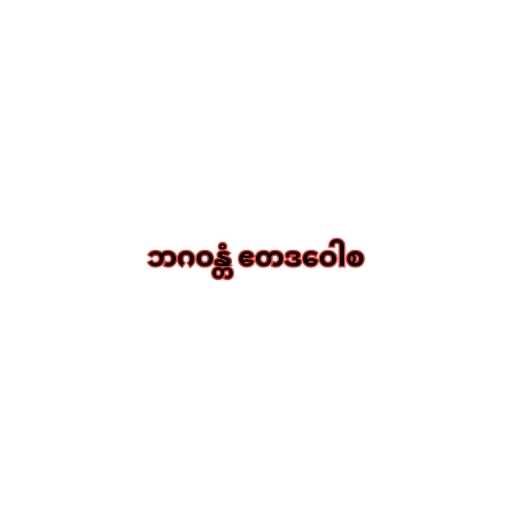
ဘဂဝန္တံ ဧတဒဝေါစ